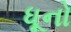
ધૂનો